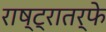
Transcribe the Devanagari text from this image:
राष्ट्रातर्फे